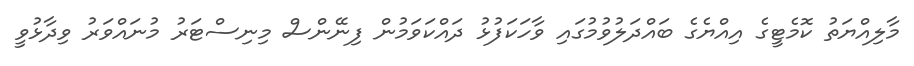
މާލިއްޔަތު ކޮމެޓީގެ އިއްޔެގެ ބައްދަލުވުމުގައި ވާހަކަފުޅު ދައްކަވަމުން ފިނޭންސް މިނިސްޓަރު މުނައްވަރު ވިދާޅުވީ